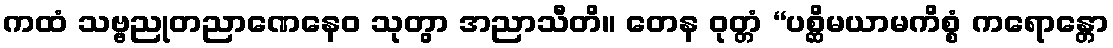
ကထံ သဗ္ဗညုတညာဏေနေဝ သုတွာ အညာသီတိ။ တေန ဝုတ္တံ “ပစ္ဆိမယာမကိစ္စံ ကရောန္တော